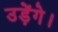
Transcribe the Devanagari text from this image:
उड़ेंगे।